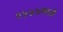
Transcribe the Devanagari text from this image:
१५५५मध्ये